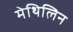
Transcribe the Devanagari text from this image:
मेथिलिन